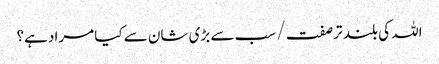
اللہ کی بلند تر صفت / سب سے بڑی شان سے کیا مراد ہے؟